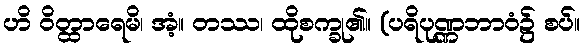
ဟိ ဝိတ္ထာရေမိ၊ အံ့။ တဿ၊ ထိုစက္ခု၏။ (ပရိပုဏ္ဏဘာဝံ၌ စပ်။